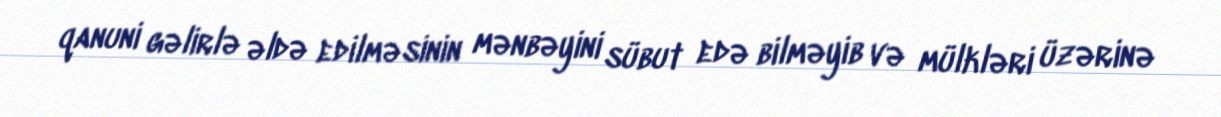
qanuni gəlirlə əldə edilməsinin mənbəyini sübut edə bilməyib və mülkləri üzərinə